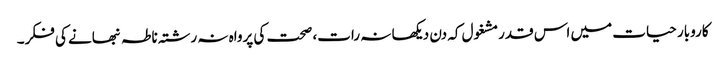
کاروبار حیات میں اس قدرمشغول کہ دن دیکھا نہ رات، صحت کی پرواہ نہ رشتہ ناطہ نبھانے کی فکر۔